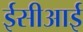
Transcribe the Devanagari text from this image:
ईसीआई